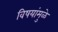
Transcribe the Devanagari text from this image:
विषयांमुळे